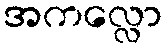
အကလ္လော